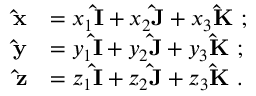
{ \begin{array} { r l } { \mathbf { \hat { x } } } & { = x _ { 1 } \mathbf { \hat { I } } + x _ { 2 } \mathbf { \hat { J } } + x _ { 3 } \mathbf { \hat { K } } ~ ; } \\ { \mathbf { \hat { y } } } & { = y _ { 1 } \mathbf { \hat { I } } + y _ { 2 } \mathbf { \hat { J } } + y _ { 3 } \mathbf { \hat { K } } ~ ; } \\ { \mathbf { \hat { z } } } & { = z _ { 1 } \mathbf { \hat { I } } + z _ { 2 } \mathbf { \hat { J } } + z _ { 3 } \mathbf { \hat { K } } ~ . } \end{array} }